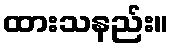
ထားသနည်း။